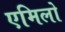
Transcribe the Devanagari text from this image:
एमिलो